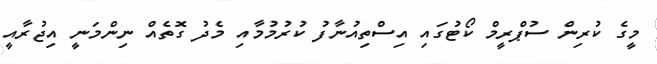
މީގެ ކުރިން ސުޕްރީމް ކޯޓުގައި އިސްތިއުނާފު ކުރުމުމާއި މެދު ގޮތެއް ނިންމަނީ އިޖުރާއީ